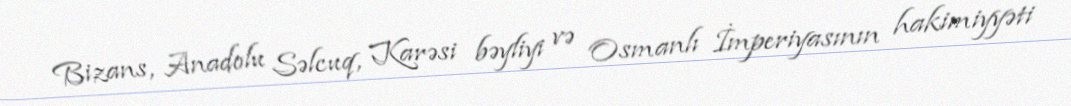
Bizans, Anadolu Səlcuq, Karəsi bəyliyi və Osmanlı İmperiyasının hakimiyyəti